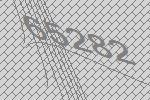
65282